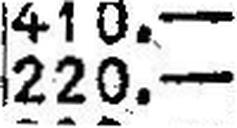
220.—